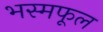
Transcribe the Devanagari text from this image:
भस्मफूल